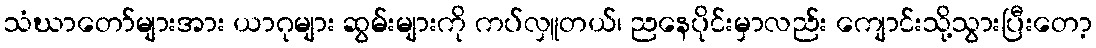
သံဃာတော်များအား ယာဂုများ ဆွမ်းများကို ကပ်လှူတယ်၊ ညနေပိုင်းမှာလည်း ကျောင်းသို့သွားပြီးတော့